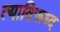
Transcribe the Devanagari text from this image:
त्याविरूध्द